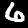
Label: 6